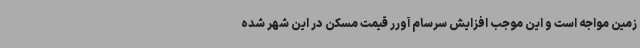
زمین مواجه است و این موجب افزایش سرسام آورر قیمت مسکن در این شهر شده